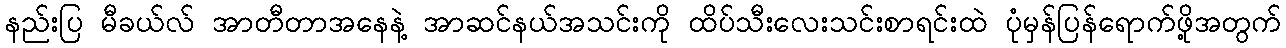
နည်းပြ မီခယ်လ် အာတီတာအနေနဲ့ အာဆင်နယ်အသင်းကို ထိပ်သီးလေးသင်းစာရင်းထဲ ပုံမှန်ပြန်ရောက်ဖို့အတွက်